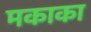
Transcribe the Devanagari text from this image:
मकाका